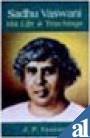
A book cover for Sadhu Vaswani: His Life & Teachings; J. P. Vaswani; Religion & Spirituality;